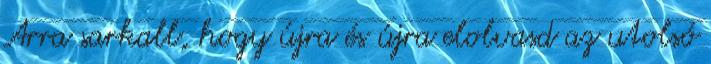
Arra sarkall, hogy újra és újra elolvasd az utolsó